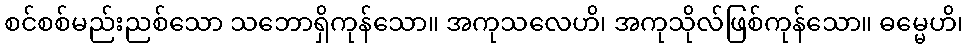
စင်စစ်မည်းညစ်သော သဘောရှိကုန်သော။ အကုသလေဟိ၊ အကုသိုလ်ဖြစ်ကုန်သော။ ဓမ္မေဟိ၊